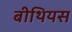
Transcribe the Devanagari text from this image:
बीथियस